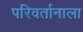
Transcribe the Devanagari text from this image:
परिवर्तानाला